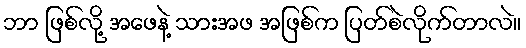
ဘာ ဖြစ်လို့ အဖေနဲ့ သားအဖ အဖြစ်က ပြတ်စဲလိုက်တာလဲ။